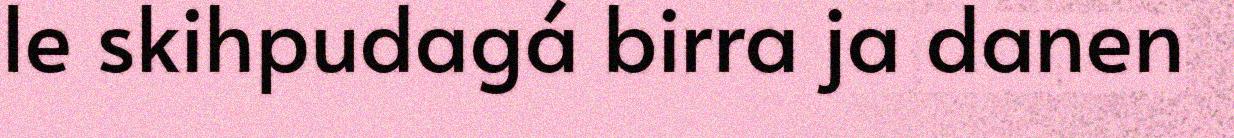
le skihpudagá birra ja danen